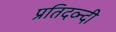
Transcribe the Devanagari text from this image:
प्रतिदव्न्दी